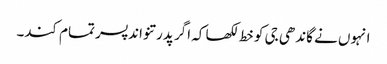
انہوں نے گاندھی جی کو خط لکھا کہ اگر پدرتنواند پسر تمام کند۔